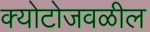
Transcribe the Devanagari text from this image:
क्योटोजवळील